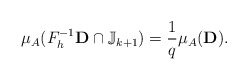
\begin{align*}\mu_A (F_{h}^{-1}{\bf D} \cap \mathbb J_{k+1}) = \frac{1}{q}\mu_A ({\bf D}). \end{align*}